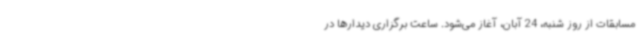
مسابقات از روز شنبه، 24 آبان‌، آغاز می‌شود. ساعت برگزاری دیدارها در